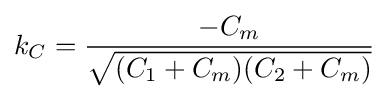
k_{C}={\frac {-C_{m}}{\sqrt {(C_{1}+C_{m})(C_{2}+C_{m})}}}